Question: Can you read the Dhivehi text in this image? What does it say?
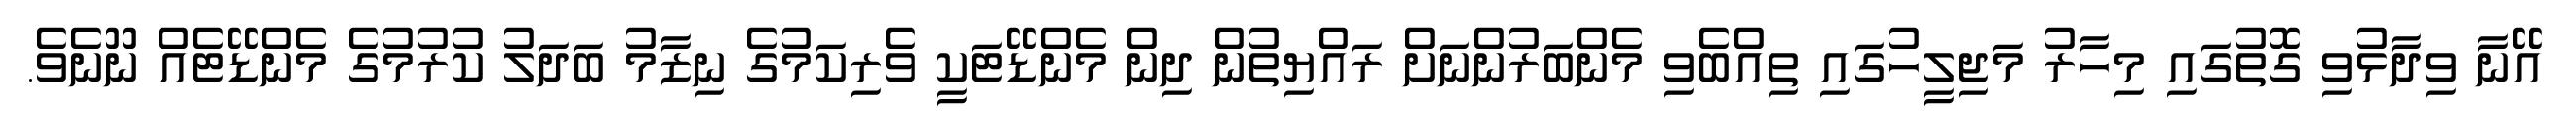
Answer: އޭނާ ވިދާޅުވި ގޮތުގައި މިހާރު މަޖިލީހުގައި ތިއްބެވި މެންބަރުންނަށް ރައްޔިތުން ދިން މެންޑޭޓަކީ ވެރިކަމުގެ ނިޒާމު ބަދަލު ކުރުމުގެ މެންޑޭޓެއް ނޫނެވެ.